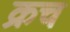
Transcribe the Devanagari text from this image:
क्रच